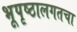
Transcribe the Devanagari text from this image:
भूपृष्ठालगतचा